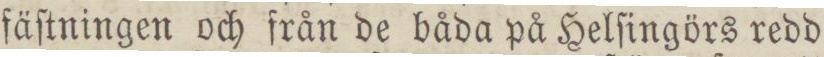
fäſtningen och från de båda på Helſingörs redd